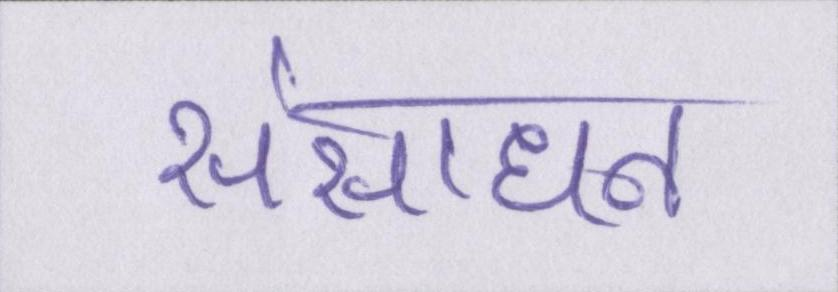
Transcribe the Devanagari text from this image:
संसाधन